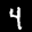
Label: 4